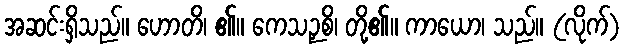
အဆင်းရှိသည်။ ဟောတိ၊ ၏။ ကေသဉှစိ၊ တို့၏။ ကာယော၊ သည်။ (လိုက်)